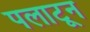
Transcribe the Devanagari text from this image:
पलाटून